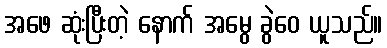
အဖေ ဆုံးပြီးတဲ့ နောက် အမွေ ခွဲဝေ ယူသည်။